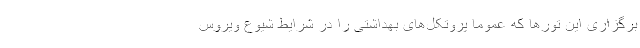
برگزاری این تورها که عموماً پروتکل‌های بهداشتی را در شرایط شیوع ویروس